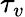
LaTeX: \tau_{v}